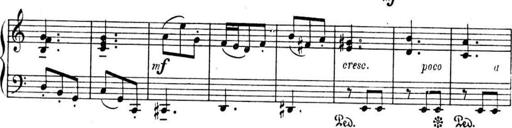
Title: Sonatines
Composer: Hedwige ChrÃ©tien